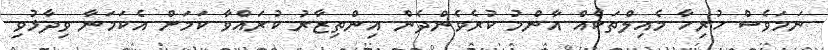
ނަމަވެސް ހުރިހާ މެއިލްތަކެއް އާންމު ކުރެވެންދެން އިންތިޒާރު ކުރައްވާ ކަމަށް އެކަމަނާ ވިދާޅުވި